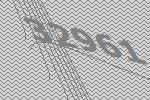
32961